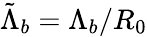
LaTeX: \tilde{\Lambda}_{b}=\Lambda_{b}/R_{0}